Code of medical and sanitary regulations for the guidance of medical officers serving in the Madras Presidency - Volume I
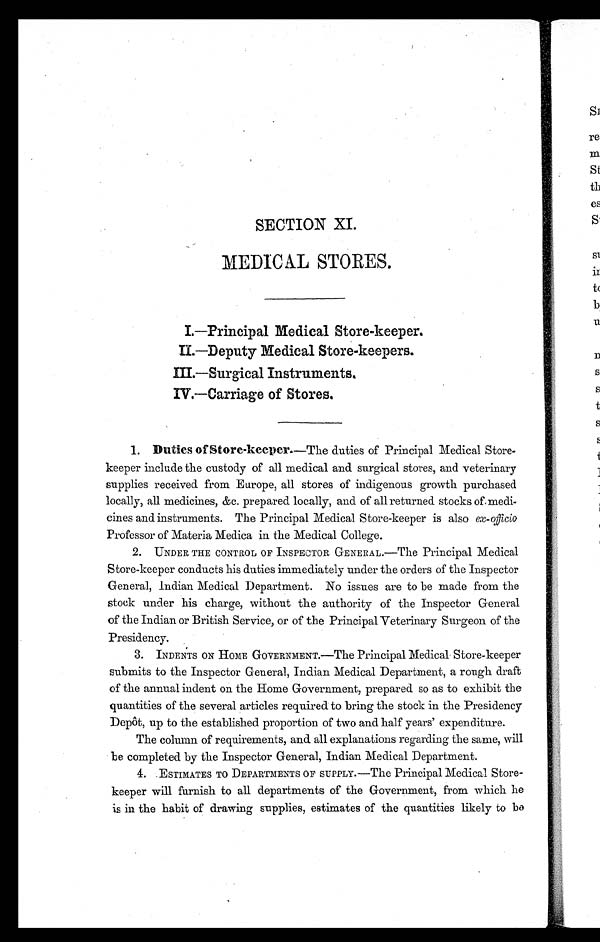
SECTION XI.
MEDIC AL STORES.
I.—Principal Medical Store-keeper.
I I . — D e p u t y M e d i c a l S t o r e - k e e p e r s .
III.—Surgical Instruments.
IV.—Carriage of Stores.
1. Duties of Store-keeper.—The duties of Principal Medical Store-
keeper include the custody of all medical and surgical stores, and veterinary
supplies received from Europe, all stores of indigenous growth purchased
locally, all medicines, &c. prepared locally, and of all returned stocks of medi-
cines and instruments. The Principal Medical Store-keeper is also ex-officio
Professor of Materia Medica in the Medical College.
2. UNDER THE CONTROL OF INSPECTOR GENERAL.—The Principal Medical
Store-keeper conducts his duties immediately under the orders of the Inspector
General, Indian Medical Department. No issues are to be made from the
stock under his charge, without the authority of the Inspector General
of the Indian or British Service, or of the Principal Veterinary Surgeon of the
Presidency.
3. INDENTS ON HOME GOVERNMENT.—The Principal Medical Store-keeper
submits to the Inspector General, Indian Medical Department, a rough draft
of the annual indent on the Home Government, prepared so as to exhibit the
quantities of the several articles required to bring the stock in the Presidency
Depôt, up to the established proportion of two and half years' expenditure.
The column of requirements, and, all explanations regarding the same, will
be completed by the Inspector General, Indian Medical Department.
4. ESTIMATES TO DEPARTMENTS OF SUPPLY.—The Principal Medical Store-
keeper will furnish to all departments of the Government, from which he
is in the habit of drawing supplies, estimates of the quantities likely to be